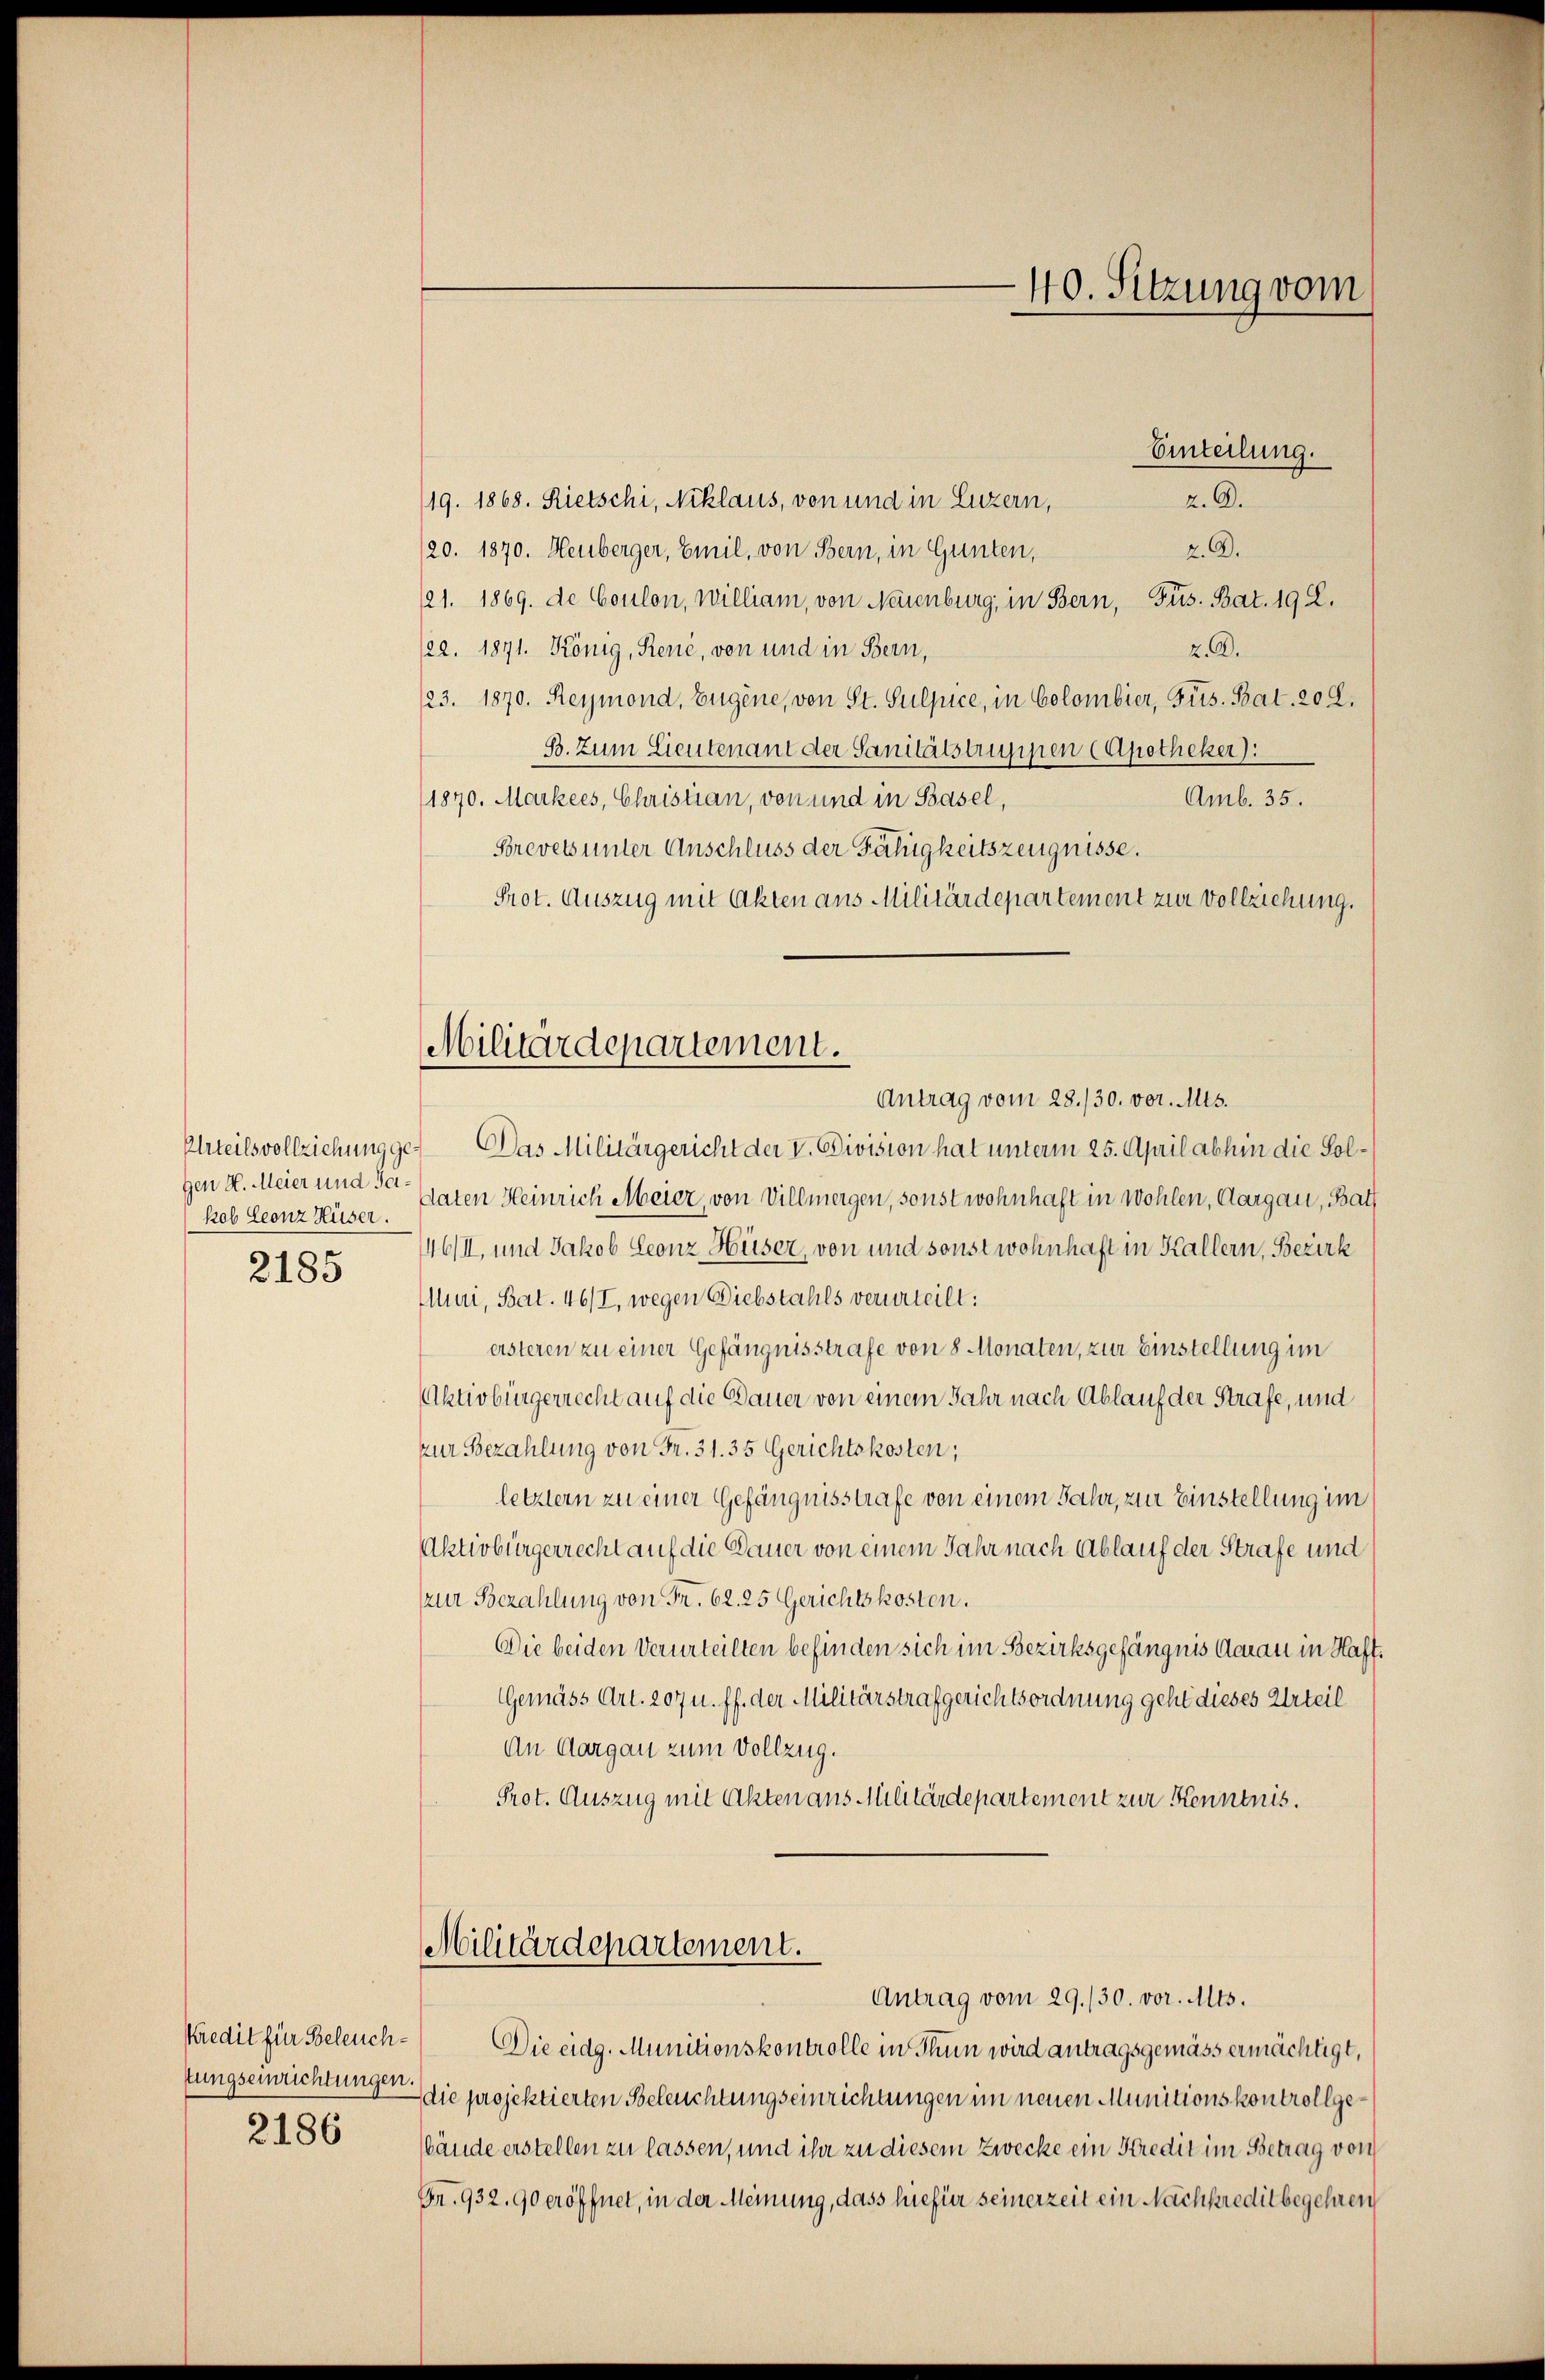
gen H. Meier und Jakob Leonz Hüser.
2185

2186

Militärdepartement.

Einteilung.
/19. 1868. Rietschi, Niklaus, von und in Luzern,
2.O.
2.A.
20. 1870. Heuberger, Emil, von Bern, in Gunten,
121. 1869. de Coulon, william, von Neuenburg, in Bern, Füs. Bat. 192.
/22. 1871. König, Renić, von und in Bern,
z.A.
/23. 1870. Reymond, Eugene, von St. Sulpice, in Colombier, Frs. Bat. 202.
B. zum Lieutenant der Sanitätstrigiren (Apotheker).
Amb. 35.
1870. Markees, Christian, von und in Basel,
Brevets unter Anschluss der Fähigkeitszeugnisse.
Prot. Auszug mit Akten aus Militärdepartement zur Vollziehung.
Antrag vom 28./30. vor. Mts.
Urteilsvollziehung ge- Das Militärgericht der V. Division hat unterm 25. April abhin die Soldaten Heinrich Meier, von Villmergen, sonst wohnhaft in Wohlen, Aargau, Bat
46/I, und Jakob Geonz Hüser, von und sonst wohnhaft in Kallern, Bezirk
Ini, Bat. 46/I, wegen Diebstahls verurteilt:
eisteren zu einer Gefängnisstrafe von 8 Monaten, zur Einstellung im
Aktivbürgerrecht auf die Bauer von einem Jahr nach Ablauf der Strafe, und
zur Bezahlung von Fr. 31. 35 Gerichtskosten;
letztern zu einer Gefängnisstrafe von einem Jahr, zur Einstellung im
Aktivbürgerrecht auf die Dauer von einem Jahr nach Ablauf der Strafe und
(zur Bezahlung von Fr. 62. 25 Gerichtskosten.
Die beiden Verurteilten befinden sich im Bezirksgefängnis darau in Haft.
Gemäss Art. 207 u. ff. der Militärstrafgerichtsordnung geht dieses Urteil
An Aargau zum Vollzug.
Prot. Auszug mit Akten aus Militärdepartement zur Kenntnis.

Militärdepartement.
Antrag vom 29./30. vor. Mts.

40. Sitzung vom

Kredit für Beleuch- Die eidg. Munitionskontrolle in Thun wird antragsgemäss ermächtigt,
tungseinrichtung die projektierten Beleuchtungseinrichtungen im neuen Munitionskontrollgebände erstellen zu lassen, und ihr zu diesem Zwecke ein Kredit im Betrag von
Fr. 932. 90 eröffnet, in der Meinung, dass hiefür seinerzeit ein Nachpreditbegehren